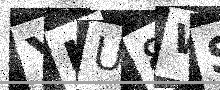
Text: YIU8WS